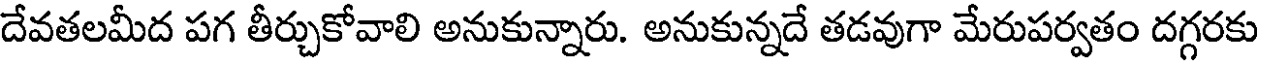
దేవతలమీద పగ తీర్చుకోవాలి అనుకున్నారు. అనుకున్నదే తడవుగా మేరుపర్వతం దగ్గరకు